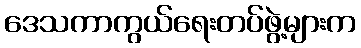
ဒေသကာကွယ်ရေးတပ်ဖွဲ့များက